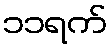
၁၁ရက်